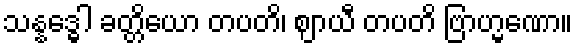
သန္နဒ္ဓေါ ခတ္တိယော တပတိ၊ ဈာယီ တပတိ ဗြာဟ္မဏော။